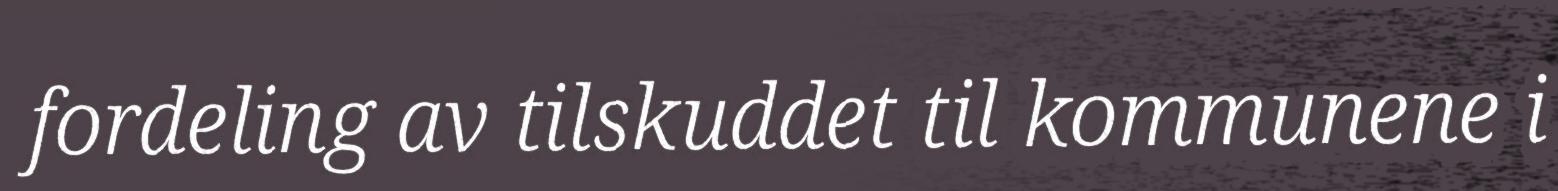
fordeling av tilskuddet til kommunene i